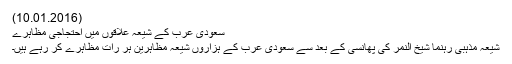
(10.01.2016)
سعودی عرب کے شیعہ علاقوں میں احتجاجی مظاہرے
شیعہ مذہبی رہنما شیخ النمر کی پھانسی کے بعد سے سعودی عرب کے ہزاروں شیعہ مظاہرین ہر رات مظاہرے کر رہے ہیں۔